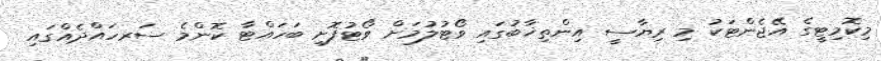
މިކޮމިޓީގެ އޭޖެންޓަކު މި ރިޔާސީ އިންތިޚާބުގައި ވޯޓުލުމަށް ވޯޓުފޮށި ބަހައްޓާ ކޮންމެ ސަރހައްދެއްގައި